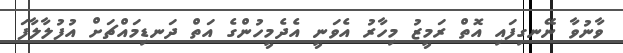
ވާނުވާ ނޭނގިފައި އޮތް ރަމީޒު މިހާރު އެވަނީ އެދެމީހުންގެ އަތް ދަނޑިމައްޗަށް އުފުލާލާފަ